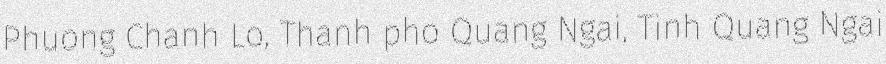
Phuong Chanh Lo, Thanh pho Quang Ngai, Tinh Quang Ngai